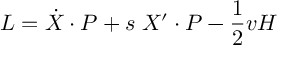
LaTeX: { \cal L } = \dot { X } \cdot P + s \; X ^ { \prime } \cdot P - { \frac { 1 } { 2 } } v { \cal H }